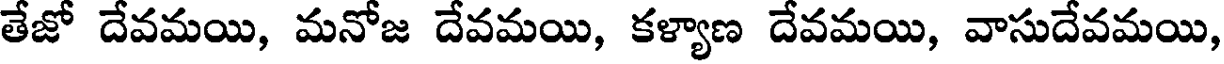
తేజో దేవమయి, మనోజ దేవమయి, కళ్యాణ దేవమయి, వాసుదేవమయి,